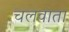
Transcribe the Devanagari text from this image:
चलवाता